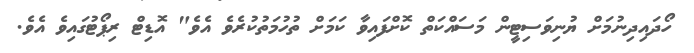
ހޯދައިދިނުމަށް ޔުނިވަސިޓީން މަސައްކަތް ކޮށްފައިވާ ކަމަށް ތުހުމަތުކުރެވެ އެވެ" އޮޑިޓް ރިޕޯޓުގައިވެ އެވެ.